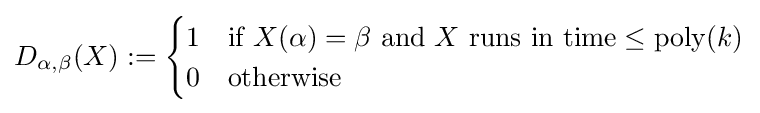
D_{\alpha ,\beta }(X):={\begin{cases}1&{\text{if }}X(\alpha )=\beta {\text{ and }}X{\text{ runs in time}}\leq {\text{poly}}(k)\\0&{\text{otherwise}}\end{cases}}